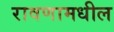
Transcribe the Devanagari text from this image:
रावणामधील